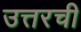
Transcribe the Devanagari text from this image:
उत्तरची